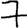
Digit: 7